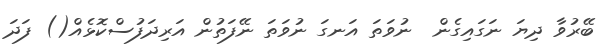
ބޭރުވާ ދިޔަ ނަގައިގެން  ނުވަތަ އަނގަ ނުވަތަ ނޭފަތުން އަރިދަފުސްކޮޅެއް() ފަދަ